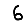
Digit: 6